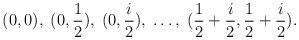
LaTeX: \begin{align*}(0,0),\;(0,\frac{1}{2}),\;(0,\frac{i}{2}),\;\ldots,\;(\frac{1}{2}+\frac{i}{2},\frac{1}{2}+\frac{i}{2}).\end{align*}